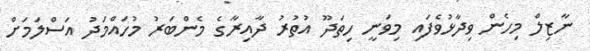
ނާޒިލް މިހެން ވިދާޅުވެފައި މިވަނީ ހިތަދޫ އުތުރު ދާއިރާގެ މެންބަރު މުހައްމަދު އަސްލަމަށް